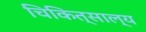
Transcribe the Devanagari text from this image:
चिकित्साल्य